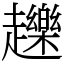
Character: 䟏